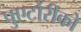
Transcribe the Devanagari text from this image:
पुएर्टोरीको